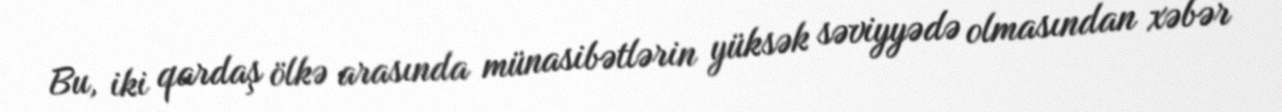
Bu, iki qardaş ölkə arasında münasibətlərin yüksək səviyyədə olmasından xəbər